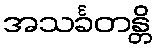
အသင်္ခတန္တိ